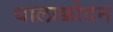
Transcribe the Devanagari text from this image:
थालाक्कोदन